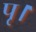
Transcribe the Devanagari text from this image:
पृ।